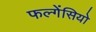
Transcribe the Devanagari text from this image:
फल्गेंसियो